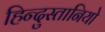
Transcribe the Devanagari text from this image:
हिन्दुस्तानियो